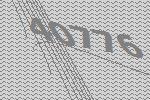
40776